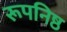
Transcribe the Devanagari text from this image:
रूपनिष्ठ